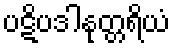
ပဋိပဒါနုတ္တရိယံ